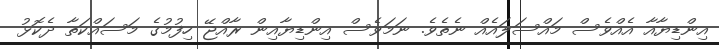
އިންޑިޔާއާ އެއްވެސް މައްސަލައެއް ނެތެވެ. ނަމަވެސް އިންޑިޔާއިން ރާއްޖޭ ހިފުމުގެ މަސައްކަތާ ދެކޮޅު